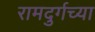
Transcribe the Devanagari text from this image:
रामदुर्गच्या